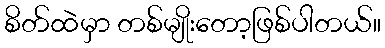
စိတ်ထဲမှာ တစ်မျိုးတော့ဖြစ်ပါတယ်။